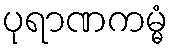
ပုရာဏကမ္မံ